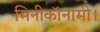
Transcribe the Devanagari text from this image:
मिनीकॉनामी।